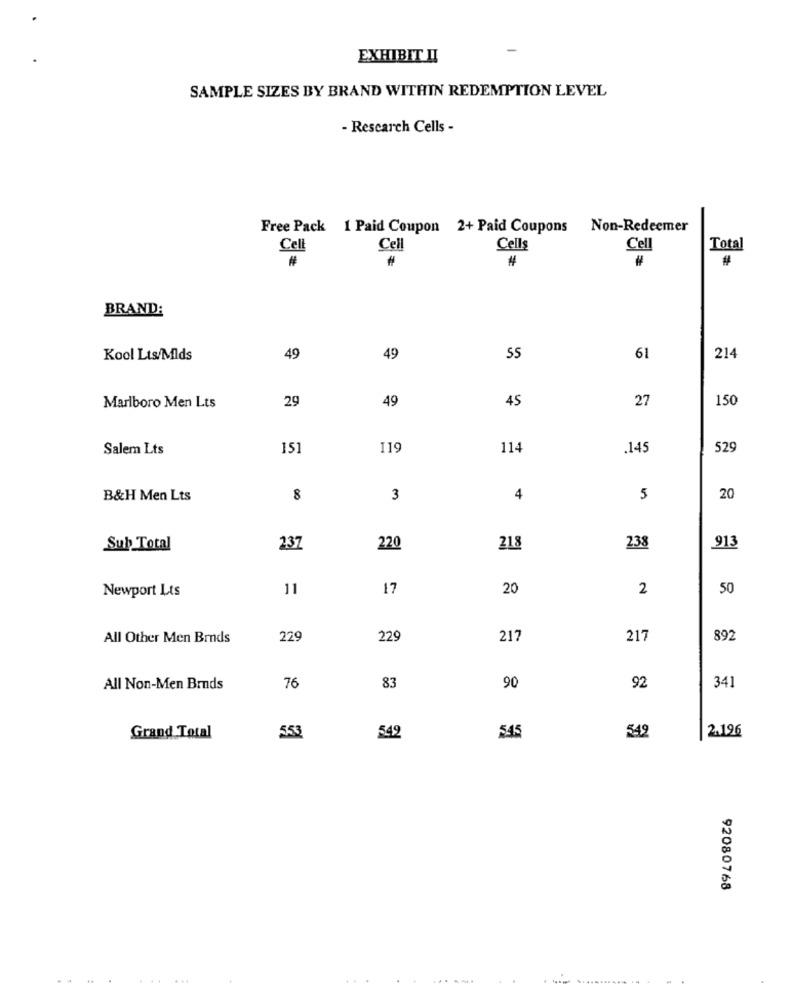
-
EXHIBIT II
SAMPLE SIZES BY BRAND WITHIN REDEMPTION LEVEL
- Rescarch Cells -
Free Pack 1 Paid Coupon 2+ Paid Coupons Non-Redeemer
Cell
Cell
Cells
Cell
Total
#
#
#
BRAND:
Kool Lts/Mlds
49
49
SS
61
214
29
49
45
27
150
Marlboro Men Lts
Salem Lts
151
119
114
145
529
B&H Men Lts
8
3
4
5
20
Sub Total
237
220
218
238
913
11
17
20
2
50
Newport Lts
All Other Men Brnds
229
229
217
21'
892
341
All Non-Men Bruds
76
83
90
92
2.196
Grand Total
553
542
545
549
92080768